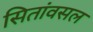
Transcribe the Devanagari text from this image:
सितांवसल